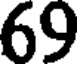
69